Indian journal of veterinary science and animal husbandry - Volume 7,
Year: 1937
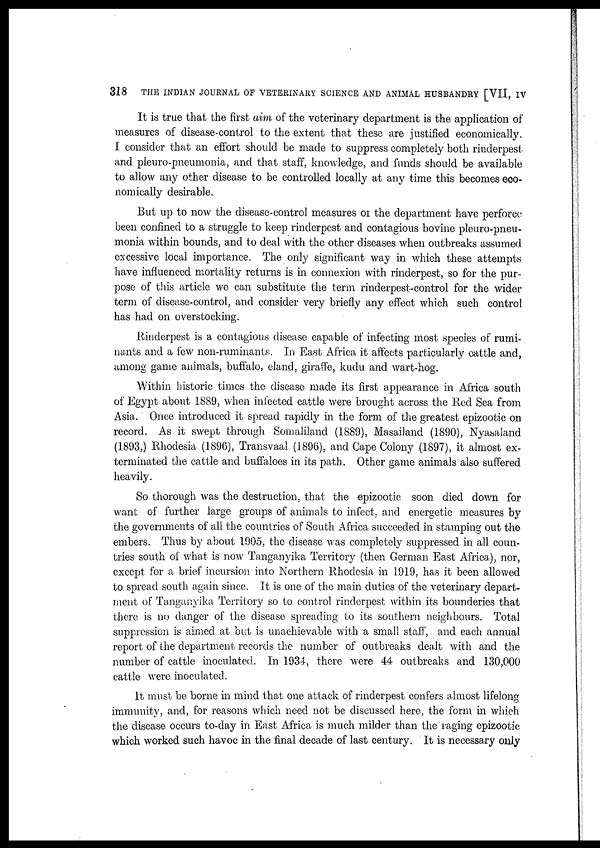
318
THE INDIAN JOURNAL OF VETERINARY SCIENCE AND ANIMAL HUSBANDRY [VII, IV
It is true that the first aim of the veterinary department is the application of
measures of disease-control to the extent that these are justified economically.
I consider that an effort should be made to suppress completely both rinderpest
and pleuro-pneumonia, and that staff, knowledge, and funds should be available
to allow any other disease to be controlled locally at any time this becomes eco-
nomically desirable.
But up to now the disease-control measures or the department have perforce
been confined to a struggle to keep rinderpest and. contagious bovine pleuro-pneu-
monia within bounds, and to deal with the other diseases when outbreaks assumed
excessive local importance. The only significant way in which these attempts
have influenced mortality returns is in connexion with rinderpest, so for the pur-
pose of this article we can substitute the term rinderpest-control for the wider
term of disease-control, and consider very briefly any effect which such control
has had on overstocking.
Rinderpest is a contagious disease capable of infecting most species of rumi-
nants and a few non-ruminants. In East Africa it affects particularly cattle and,
among game animals, buffalo, eland, giraffe, kudu and wart-hog.
Within historic times the disease made its first appearance in Africa south
of Egypt about 1889, when infected cattle were brought across the Red Sea from
Asia. Once introduced it spread rapidly in the form of the greatest epizootic on
record. As it swept through Somaliland (1889), Masailand (1890), Nyasaland
(1893,) Rhodesia (1896), Transvaal (1896), and Cape Colony (1897), it almost ex-
terminated the cattle and buffaloes in its path. Other game animals also suffered
heavily.
So thorough was the destruction, that the epizootic soon died down for
want of further large groups of animals to infect, and energetic measures by
the governments of all the countries of South Africa succeeded in stamping out the
embers. Thus by about 1905, the disease was completely suppressed in all coun-
tries south of what is now Tanganyika Territory (then German East Africa), nor,
except for a brief incursion into Northern Rhodesia in 1919, has it been allowed
to spread south again since. It is one of the main duties of the veterinary depart-
ment of Tanganyika Territory so to control rinderpest within its bounderies that
there is no danger of the disease spreading to its southern neighbours. Total
suppression is aimed at but is unachievable with a small staff, and each annual
report of the department records the number of outbreaks dealt with and the
number of cattle inoculated. In 1934, there were 44 outbreaks and 130,000
cattle were inoculated.
It must be borne in mind that one attack of rinderpest confers almost lifelong
immunity, and, for reasons which need not be discussed here, the form in which
the disease occurs to-day in East Africa is much milder than the raging epizootic
which worked such havoc in the final decade of last century. It is necessary only